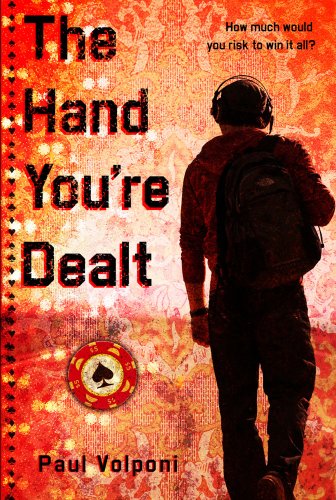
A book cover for The Hand You're Dealt; Paul Volponi; Teen & Young Adult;